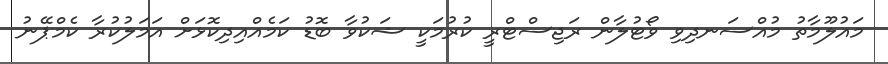
މައުލޫމާތު މުއްސަނދިވި ވޯޓުލާން ރަޖިސްޓްރީ ކުރުމަކީ ޝަކުވާ ބޮޑު ކަމެއްއިދިކޮޅަށް އަމަލުކުރާ ކެމްޕޭނު